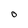
Character: O